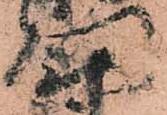
門